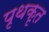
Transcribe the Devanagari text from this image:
पृथकृत